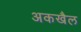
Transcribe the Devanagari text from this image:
अकखैल